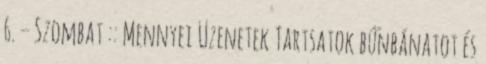
6. – Szombat :: Mennyei Üzenetek Tartsatok bűnbánatot és